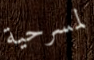
لمسرحية